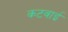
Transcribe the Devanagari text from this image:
कटवाई